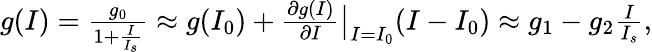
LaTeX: \begin{array}{r}{g(I)=\frac{g_{0}}{1+\frac{I}{I_{s}}}\approx g(I_{0})+\frac{\partial g(I)}{\partial I}\big|_{I=I_{0}}(I-I_{0})\approx g_{1}-g_{2}\frac{I}{I_{s}},}\end{array}